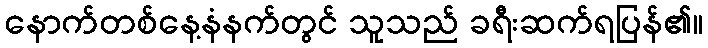
နောက်တစ်နေ့နံနက်တွင် သူသည် ခရီးဆက်ရပြန်၏။